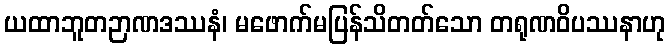
ယထာဘူတဉာဏဒဿနံ၊ မဖောက်မပြန်သိတတ်သော တရုဏဝိပဿနာဟု